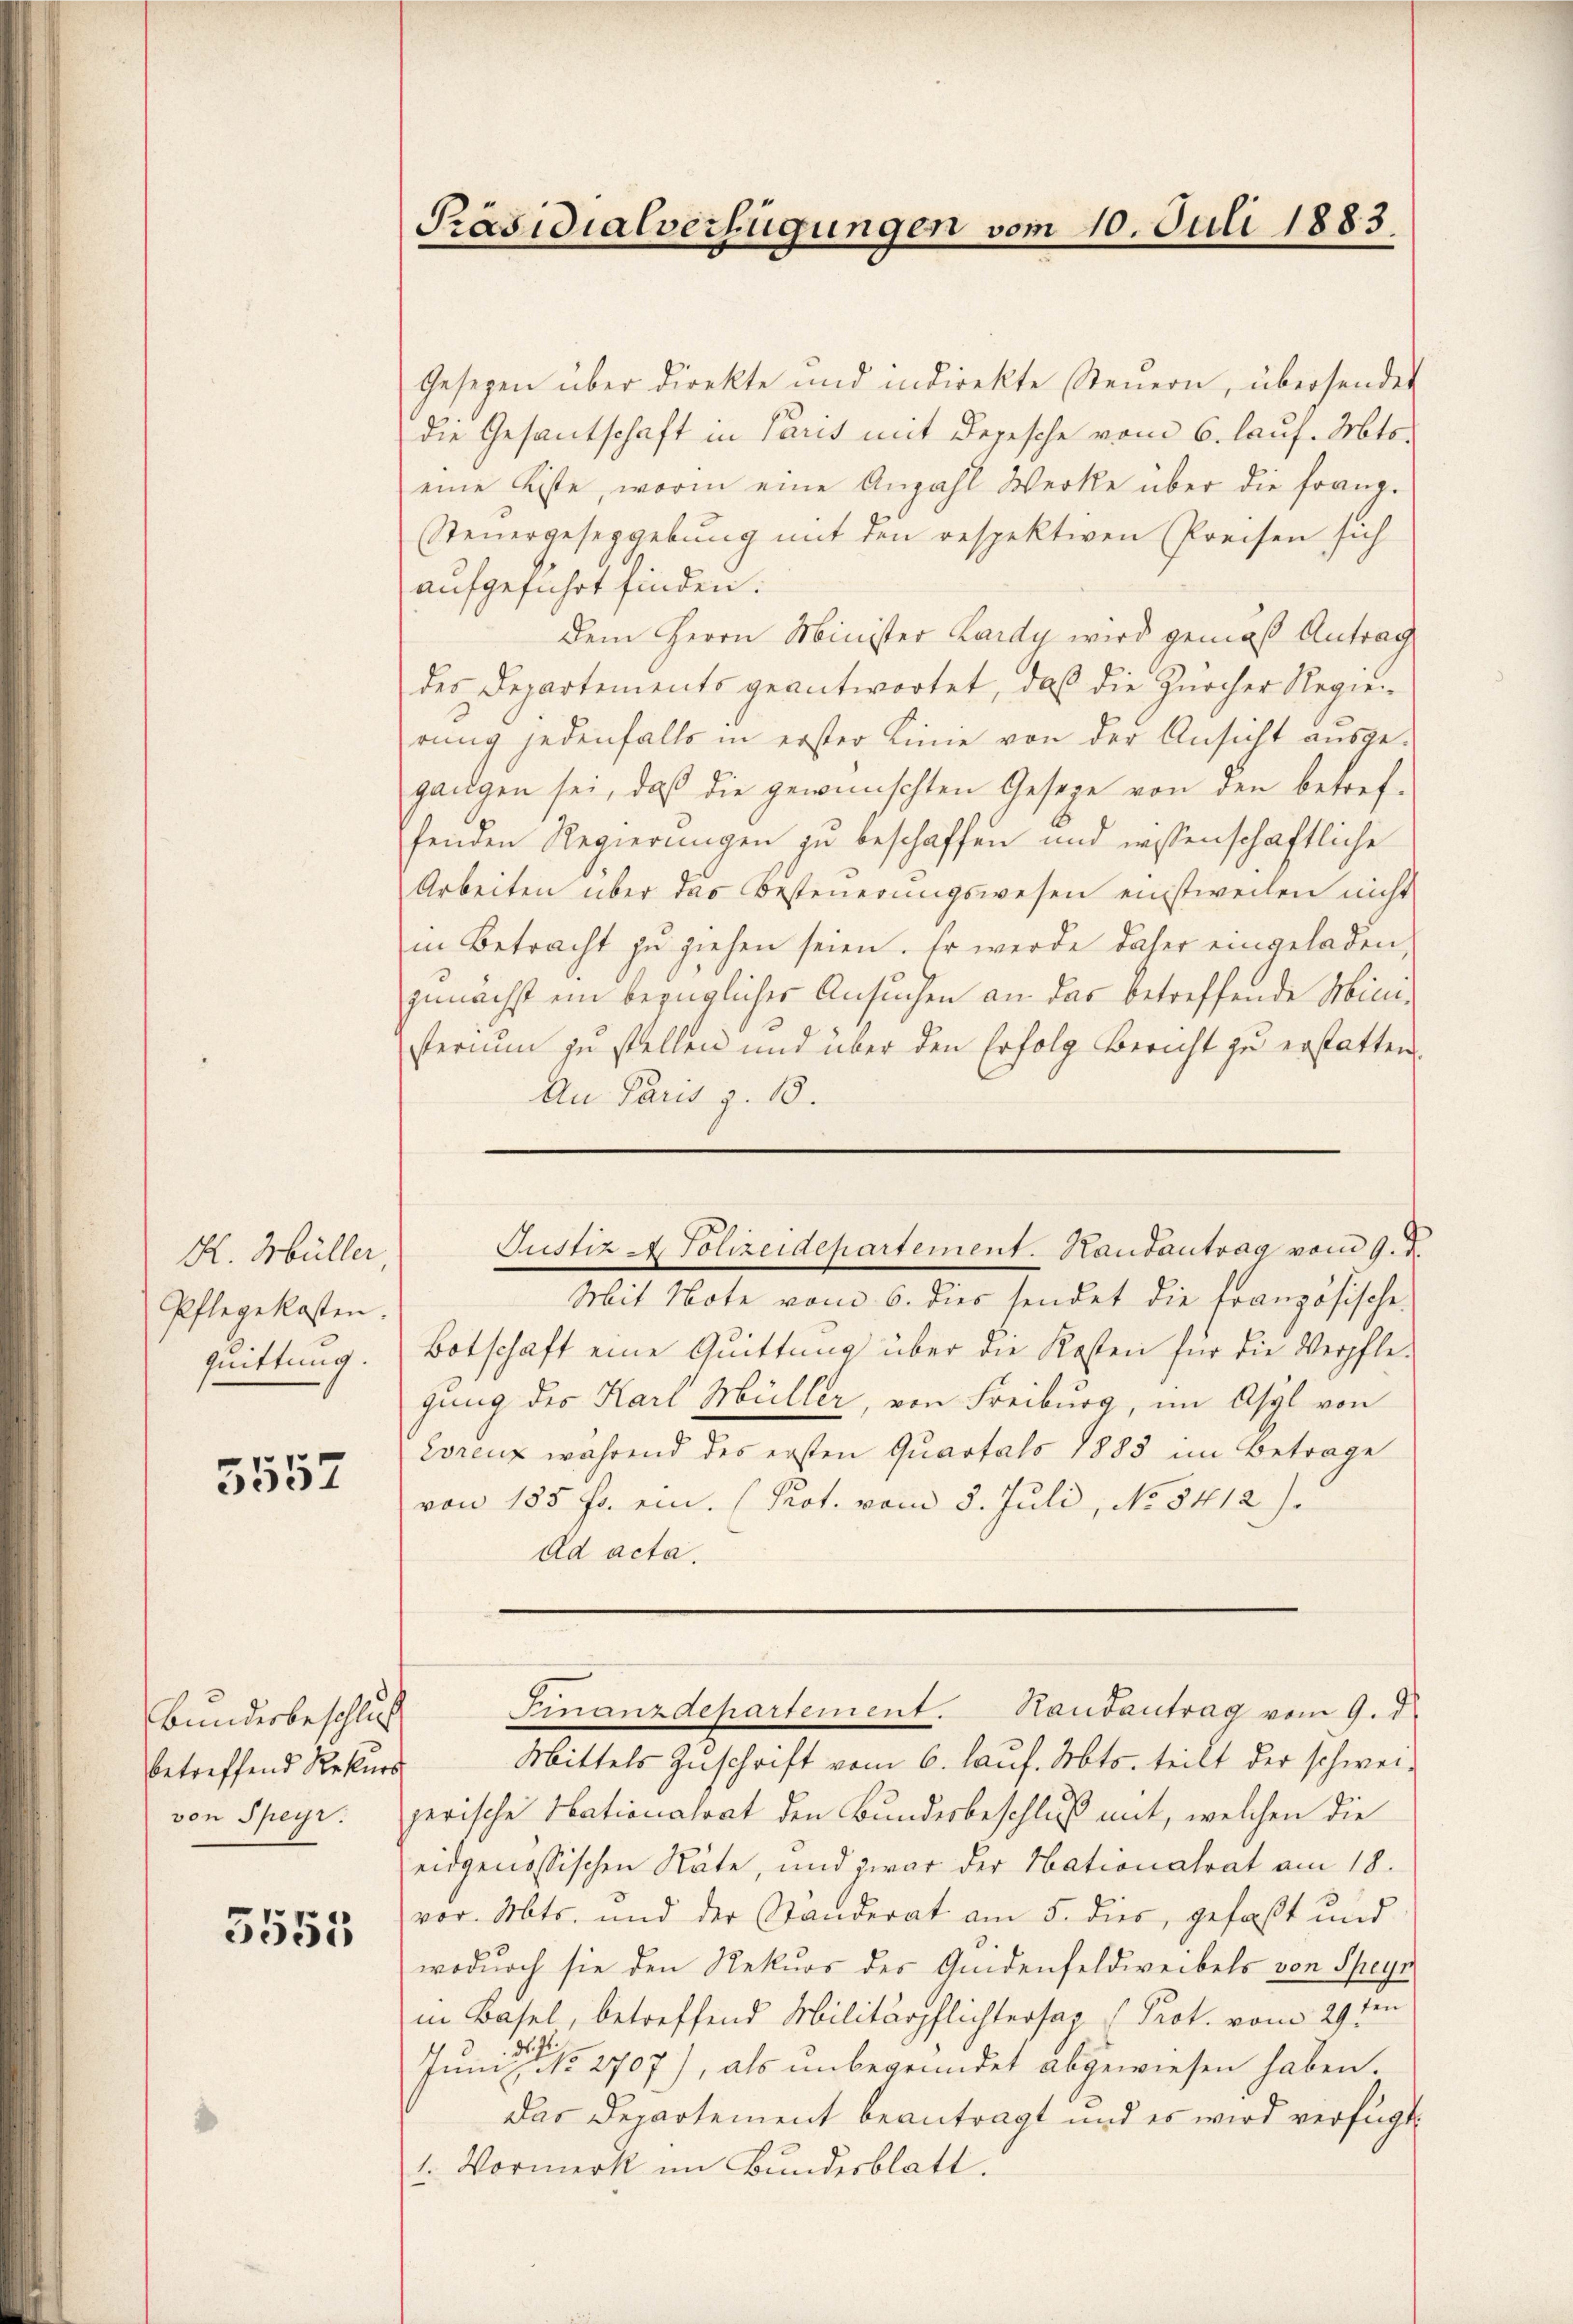
K. Müller,
Pflegekosten.
Quittung.

5552

Bundesbeschluss
betreffend Rekurs

5555

Präsidialverfügungen vom 10. Juli 1883.

Gesezen über direkte und indirekte Steŭern, übersendet
die Gesantschaft in Paris mit Depesche vom 6. lauf. Mts.
eine Liste, worin eine Anzahl Werke über die franz-
Steuergeseggebung mit den respektiven Preisen sich
aufgeführt finden.
Dem Herrn Minister Lardy wird gemäß Antrag
des Departements geantwortet, daß die Zürcher Regien
rung jedenfalls in erster Linie von der Ansicht ausge-
gangen sei, daß die gewünschten Gesetze von den betref-
fenden Regierungen zu beschaffen und wissenschaftliche
Arbeiten über das Besteuerungswesen einstweilen nicht
in Betracht zu ziehen seien. Er werde daher eingeladen,
zunächst ein bezüglicher Ansuchen an das betreffende Ministerium zu stellen und über den Erfolg Bericht zu erstatten.
An Paris z. 13.
Justiz - Polizeidepartement. Handantrag vom 9. d.
Mit Note vom 6. dies sendet die französische
Botschaft eine Quittung über die Kosten für die Verpflegung des Karl Müller, von Freiburg, im Asyl von
Eorenz während des ersten Quartals 1883 im Betrage
von 185 fr. ein. (Prot. vom 5. Juli, No. 5412).
ad acta.

Mittels Zuschrift vom 6. lauf. Mts. teilt der schwei-
von Speyr. gerische Nationalrat den Bundesbeschluß mit, welchen die
eidgenössischen Stäte, und zwar der Nationalrat am 18.
vor. Mts. und der Ständerat am 5. dies gefaßt und
wodurch sie den Rekurs des Gedenfeldweibels von Speyn
in Basel, betreffend Militärpflichtersag Prot. vom 29ten
Juni eine . 2707), als unbegründet abgewiesen haben.
Das Departement beantragt und es wird verfügt
1. Vormerk im Bundesblatt.

Finanzdepartement. Handantrag vom 9. d.